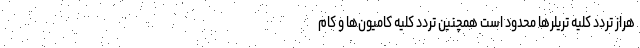
هراز تردد کلیه تریلرها محدود است همچنین تردد کلیه کامیون‌ها و کام